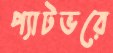
প্যাটভরে